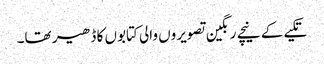
تکیے کے نیچے رنگین تصویروں والی کتابوں کا ڈھیر تھا۔